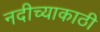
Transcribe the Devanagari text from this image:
नदीच्याकाठी